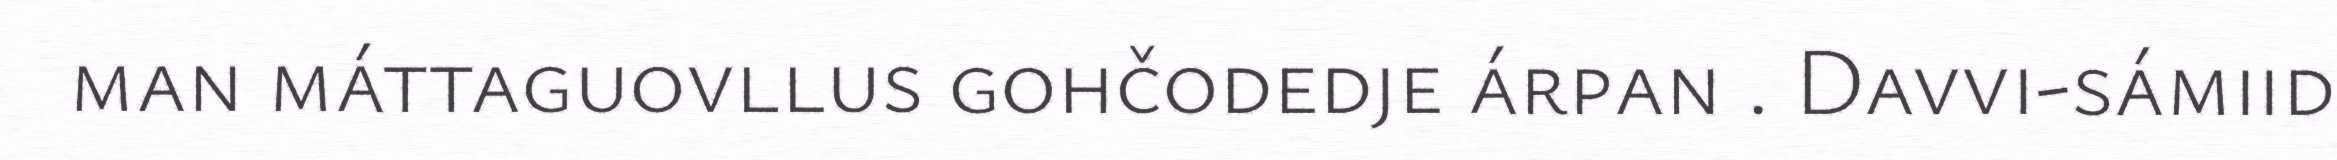
man máttaguovllus gohčodedje árpan . Davvi-sámiid